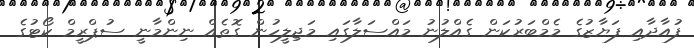
ފުއާދާއި ފަޔާޒުގެ މެމްބަރުކަން ގެއްލުނު މައްސަލާގައި މަޖިލީހުން ގޮތެއް ނިންމާނީ ސުޕްރީމް ކޯޓުގެ